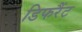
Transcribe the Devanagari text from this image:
डिफरैंट